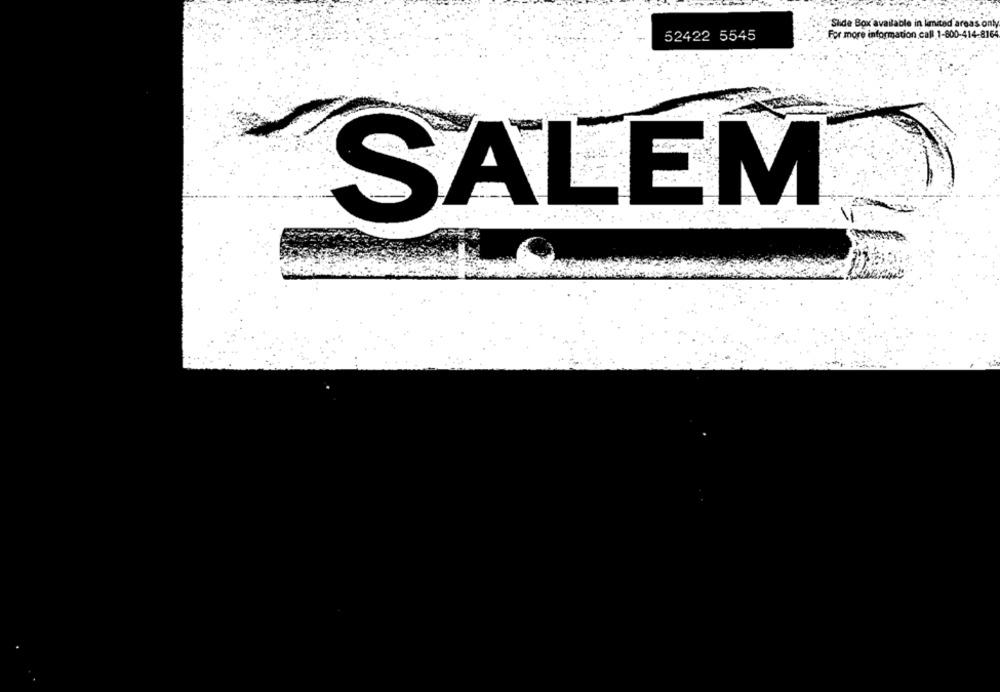
Slide Box available in limited areas only
For more information call 1-800-414-8164
52422 5545
SALEM